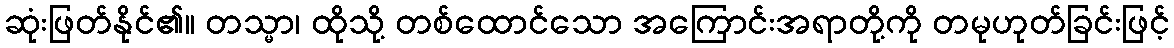
ဆုံးဖြတ်နိုင်၏။ တသ္မာ၊ ထိုသို့ တစ်ထောင်သော အကြောင်းအရာတို့ကို တမုဟုတ်ခြင်းဖြင့်